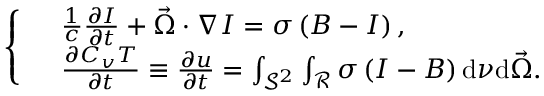
\left\{ \begin{array} { r l } & { \frac { 1 } { c } \frac { \partial I } { \partial t } + \vec { \Omega } \cdot \nabla I = \sigma \left( B - I \right) , } \\ & { \frac { \partial C _ { v } T } { \partial t } \equiv \frac { \partial u } { \partial t } = \int _ { \mathcal { S } ^ { 2 } } \int _ { \mathcal { R } } \sigma \left( I - B \right) \mathrm { d } \nu \mathrm { d } \vec { \Omega } . } \end{array} \right.